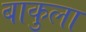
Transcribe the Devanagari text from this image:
बाकुला